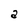
Character: a